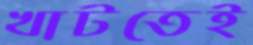
খাটতেই